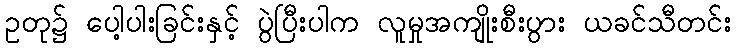
ဥတု၌ ပေါ့ပါးခြင်းနှင့် ပွဲပြီးပါက လူမှုအကျိုးစီးပွား ယခင်သီတင်း